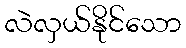
လဲလှယ်နိုင်သော